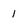
Character: 1